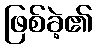
ဖြစ်ခဲ့၏